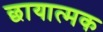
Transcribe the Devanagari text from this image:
छायात्मक